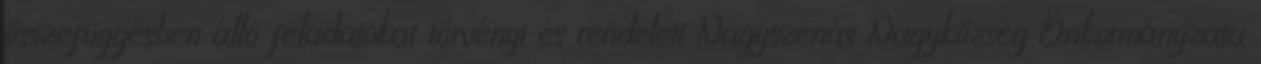
összefüggésben álló feladatokat törvényi és rendeleti Nagyszénás Nagyközség Önkormányzata